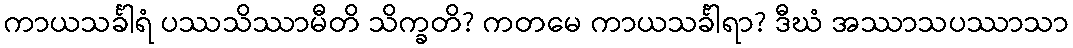
ကာယသင်္ခါရံ ပဿသိဿာမီတိ သိက္ခတိ? ကတမေ ကာယသင်္ခါရာ? ဒီဃံ အဿာသပဿာသာ